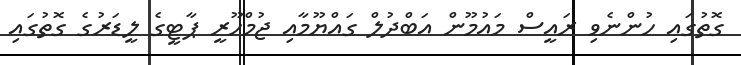
ގޮތުގައި ހުންނެވި ރައީސް މައުމޫން އަބްދުލް ގައްޔޫމާއި ޖުމްހޫރީ ޕާޓީގެ ލީޑަރުގެ ގޮތުގައި